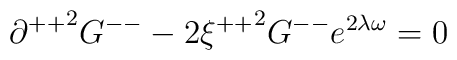
{\partial ^{++}}^{2}G^{--}-2{\xi^{++}}^{2}G^{--}e^{2\lambda\omega}=0\\